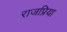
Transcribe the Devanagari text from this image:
राजप्रिया